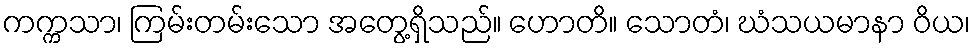
ကက္ကသာ၊ ကြမ်းတမ်းသော အတွေ့ရှိသည်။ ဟောတိ။ သောတံ၊ ဃံသယမာနာ ဝိယ၊